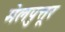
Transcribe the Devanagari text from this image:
मेलपुत्तूर